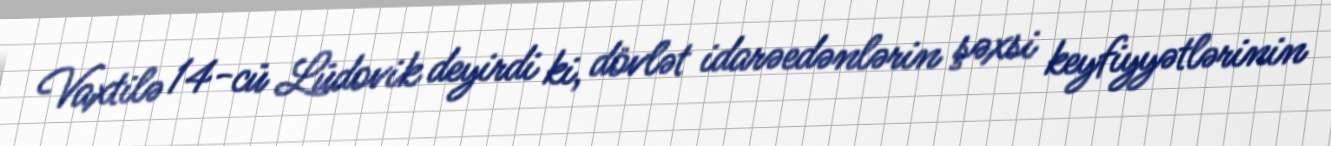
Vaxtilə 14-cü Lüdovik deyirdi ki, dövlət idarəedənlərin şəxsi keyfiyyətlərinin